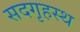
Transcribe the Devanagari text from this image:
सदगृहस्थ